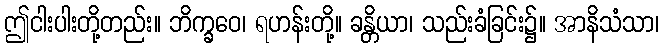
ဤငါးပါးတို့တည်း။ ဘိက္ခဝေ၊ ရဟန်းတို့။ ခန္တိယာ၊ သည်းခံခြင်း၌။ အာနိသံသာ၊